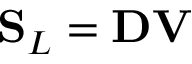
\mathbf { S } _ { L } = \mathbf { D } \mathbf { V }